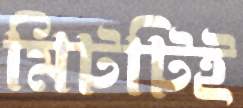
মিটটিই